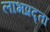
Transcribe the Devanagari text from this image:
लाभप्रद्ता